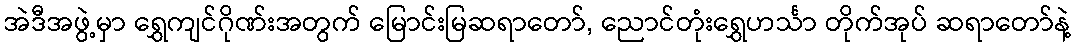
အဲဒီအဖွဲ့မှာ ရွှေကျင်ဂိုဏ်းအတွက် မြောင်းမြဆရာတော်, ညောင်တုံးရွှေဟင်္သာ တိုက်အုပ် ဆရာတော်နဲ့